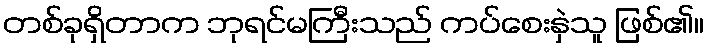
တစ်ခုရှိတာက ဘုရင်မကြီးသည် ကပ်စေးနှဲသူ ဖြစ်၏။